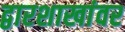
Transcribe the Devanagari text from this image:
द्वारशाखांवर